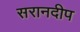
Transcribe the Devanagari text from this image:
सरानदीप